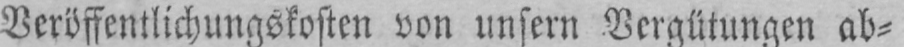
Veröffentlichungskosten von unsern Vergütungen ab⸗